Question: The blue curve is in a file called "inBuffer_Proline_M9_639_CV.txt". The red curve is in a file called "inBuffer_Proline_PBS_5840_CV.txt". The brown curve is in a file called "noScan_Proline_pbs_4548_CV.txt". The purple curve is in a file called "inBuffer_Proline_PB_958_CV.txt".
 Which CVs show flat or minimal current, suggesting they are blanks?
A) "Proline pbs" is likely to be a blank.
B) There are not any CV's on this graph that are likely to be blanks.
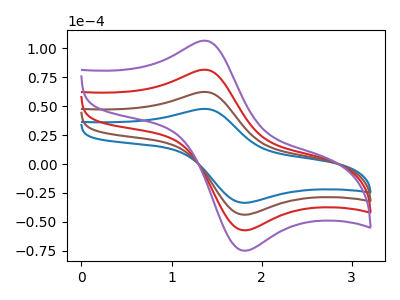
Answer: <think>The blue curve "Proline M9" has an anodic peak at (1.35V, 47.65uA) and a cathodic peak at (1.80V, -33.45uA). The red curve "Proline PBS" has an anodic peak at (1.35V, 124.60uA) and a cathodic peak at (1.80V, -87.45uA). The brown curve "Proline pbs" has an anodic peak at (1.35V, 62.30uA) and a cathodic peak at (1.80V, -43.70uA). The purple curve "Proline PB" has an anodic peak at (1.35V, 186.95uA) and a cathodic peak at (1.80V, -131.15uA).</think>
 <answer>B) There are not any CV's on this graph that are likely to be blanks.</answer>
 <eval>B</eval>